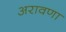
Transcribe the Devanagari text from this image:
अरावणा